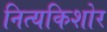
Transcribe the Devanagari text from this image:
नित्यकिशोर